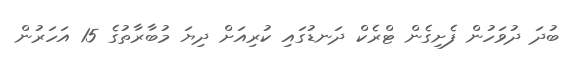
ބުދަ ދުވަހުން ފެށިގެން ޓްރެކް ދަނޑުގައި ކުރިއަށް ދިޔަ މުބާރާތުގެ 15 އަހަރުން